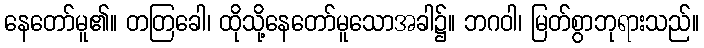
နေတော်မူ၏။ တတြခေါ၊ ထိုသို့နေတော်မူသောအခါ၌။ ဘဂဝါ၊ မြတ်စွာဘုရားသည်။